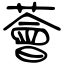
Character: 薈